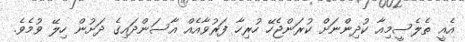
އެއީ ތެލެސީމިއާ ކުދިންނަށް ކުރަންޖެހޭ ހުރިހާ ފަރުވާއެއް އާސަންދައިގެ ދަށުން ހިލޭ ވުމެވެ.